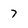
Character: 7